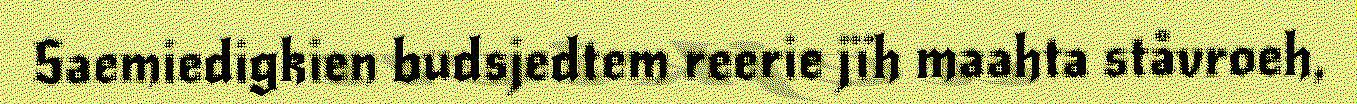
Saemiedigkien budsjedtem reerie jïh maahta ståvroeh,